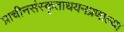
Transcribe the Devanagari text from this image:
प्राचीनसंस्कृताधयनप्रणाल्या